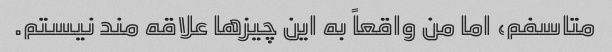
متاسفم، اما من واقعاً به این چیزها علاقه مند نیستم.